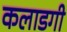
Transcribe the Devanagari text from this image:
कलाडगी